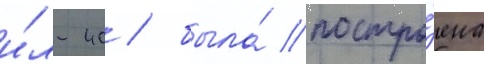
и́л-40 / была́ постро́ена